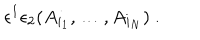
\epsilon ^ { 1 } \epsilon _ { 2 } ( A _ { i _ { 1 } } , \dots , A _ { i _ { N } } ) \ .